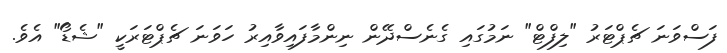
ފަސްވަނަ ޗެޕްޓަރު "ލިފްޓް" ނަމުގައި ގެނެސްދޭން ނިންމާފައިވާއިރު ހަވަނަ ޗެޕްޓަރަކީ "ޝެޑޯ" އެވެ.